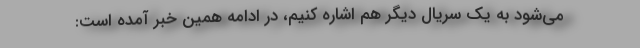
می‌شود به یک سریال دیگر هم اشاره کنیم، در ادامه همین خبر آمده است: